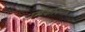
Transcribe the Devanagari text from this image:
धर्मकोशात